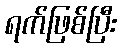
ရက်ဖြစ်ပြီး